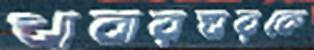
খাবারঘরকে